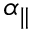
\alpha _ { \parallel }